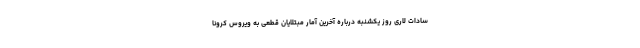
سادات لاری روز یکشنبه درباره آخرین آمار مبتلایان قطعی به ویروس کرونا